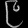
Digit: ၉